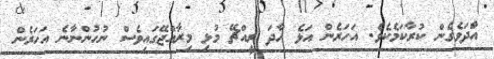
އަާދަވެގެން ކުރާކަމެކެވެ. އަހަރެން އަޅެ ހާދަ ރީއްޗޭ މުޅި މިރާއްޖޭގައިވެސް ނުހުންނާނެ އަހަރެން